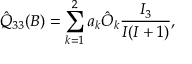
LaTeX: \hat { Q } _ { 3 3 } ( B ) = \sum _ { k = 1 } ^ { 2 } a _ { k } \hat { \cal O } _ { k } \frac { I _ { 3 } } { I ( I + 1 ) } ,